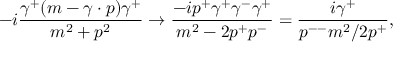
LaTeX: - i { \frac { \gamma ^ { + } ( m - \gamma \cdot p ) \gamma ^ { + } } { m ^ { 2 } + p ^ { 2 } } } \to { \frac { - i p ^ { + } \gamma ^ { + } \gamma ^ { - } \gamma ^ { + } } { m ^ { 2 } - 2 p ^ { + } p ^ { - } } } = { \frac { i \gamma ^ { + } } { p ^ { -- } m ^ { 2 } / 2 p ^ { + } } } ,